Indian journal of veterinary science and animal husbandry - Volumes 28-29, 1958-1959
Year: 1958
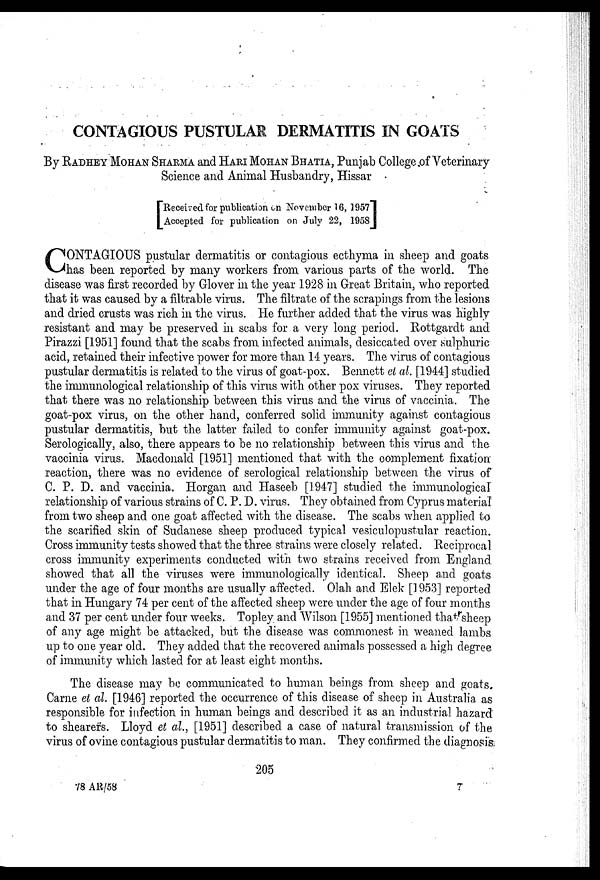
CONTAGIOUS PUSTULAR DERMATITIS IN GOATS
By RADHEY MOHAN SHARMA and HARI MOHAN BHATIA, Punjab College of Veterinary
Science and Animal Husbandry, Hissar
[ Received for publication on November 16, 1957
Accepted for publication on July 22, 1958]
C ONTAGIOUS pustular dermatitis or contagious ecthyma in sheep and goats
has been reported by many workers from various parts of the world. The
disease was first recorded by Glover in the year 1928 in Great Britain, who reported
that it was caused by a filtrable virus. The filtrate of the scrapings from the lesions
and dried crusts was rich in the virus. He further added that the virus was highly
resistant and may be preserved in scabs for a very long period. Rottgardt and
Pirazzi [1951] found that the scabs from infected animals, desiccated over sulphuric
acid, retained their infective power for more than 14 years. The virus of contagious
pustular dermatitis is related to the virus of goat-pox. Bennett et al. [1944] studied
the immunological relationship of this virus with other pox viruses. They reported
that there was no relationship between this virus and the virus of vaccinia. The
goat-pox virus, on the other hand, conferred solid immunity against contagious
pustular dermatitis, but the latter failed to confer immunity against goat-pox.
Serologically, also, there appears to be no relationship between this virus and the
vaccinia virus. Macdonald [1951] mentioned that with the complement fixation
reaction, there was no evidence of serological relationship between the virus of
C. P. D. and vaccinia. Horgan and Haseeb [1947] studied the immunological
relationship of various strains of C. P. D. virus. They obtained from Cyprus material
from two sheep and one goat affected with the disease. The scabs when applied to
the scarified skin of Sudanese sheep produced typical vesiculopustular reaction.
Cross immunity tests showed that the three strains were closely related. Reciprocal
cross immunity experiments conducted with two strains received from England
showed that all the viruses were immunologically identical. Sheep and goats
under the age of four months are usually affected. Olah and Elek [1953] reported
that in Hungary 74 per cent of the affected sheep were under the age of four months
and 37 per cent under four weeks. Topley and Wilson [1955] mentioned that sheep
of any age might be attacked, but the disease was commonest in weaned lambs
up to one year old. They added that the recovered animals possessed a high degree
of immunity which lasted for at least eight months.
The disease may be communicated to human beings from sheep and goats.
Carne et al. [1946] reported the occurrence of this disease of sheep in Australia as
responsible for infection in human beings and described it as an industrial hazard
to shearers. Lloyd et al., [1951] described a case of natural transmission of the
virus of ovine contagious pustular dermatitis to man. They confirmed the diagnosis
205
78 AR/58
7